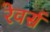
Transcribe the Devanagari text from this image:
रेवर्स